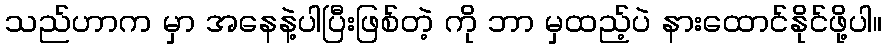
သည်ဟာက မှာ အနေနဲ့ပါပြီးဖြစ်တဲ့ ကို ဘာ မှထည့်ပဲ နားထောင်နိုင်ဖို့ပါ။